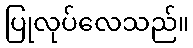
ပြုလုပ်လေသည်။